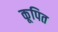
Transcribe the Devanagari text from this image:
कूपित